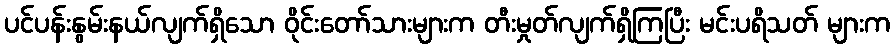
ပင်ပန်းနွမ်းနယ်လျက်ရှိသော ဝိုင်းတော်သားများက တီးမှုတ်လျက်ရှိကြပြီး မင်းပရိသတ် များက